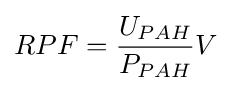
RPF={\frac {U_{PAH}}{P_{PAH}}}V